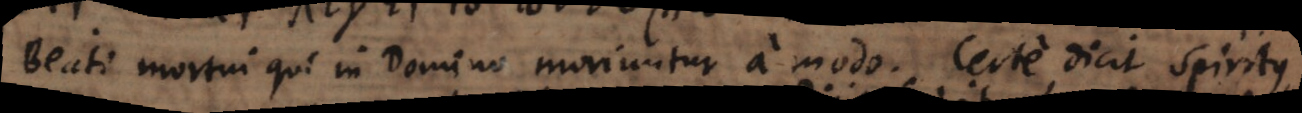
Beati mortui qui in Domino moriuntur amodo. Certe, dicit, Spiritus,